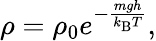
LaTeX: \rho=\rho_{0}e^{-{\frac{mgh}{k_{\mathrm{{B}}}T}}},